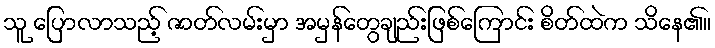
သူ ပြောလာသည့် ဇာတ်လမ်းမှာ အမှန်တွေချည်းဖြစ်ကြောင်း စိတ်ထဲက သိနေ၏။